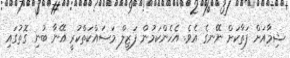
ޝިމާއަށް ފަތާކަށް ނޭނގެ އެވެ. އެހެންކަމުން ފަޒީލް މަސައްކަތްކުރީ އޭނާ ބުނި ގޮތުގައި